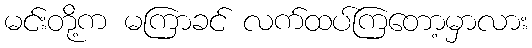
မင်းတို့က မကြာခင် လက်ထပ်ကြတော့မှာလား